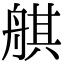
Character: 䑴